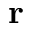
\mathbf { r }